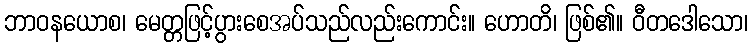
ဘာဝနယောစ၊ မေတ္တဖြင့်ပွားစေအပ်သည်လည်းကောင်း။ ဟောတိ၊ ဖြစ်၏။ ဝီတဒေါသော၊